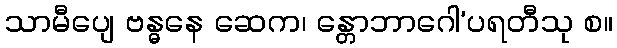
သာမီပျေ ဗန္ဓနေ ဆေက၊ န္တောဘာဂေါ’ပရတီသု စ။